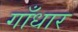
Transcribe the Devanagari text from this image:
गाँधार